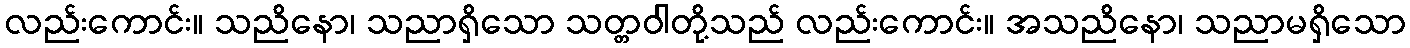
လည်းကောင်း။ သညိနော၊ သညာရှိသော သတ္တဝါတို့သည် လည်းကောင်း။ အသညိနော၊ သညာမရှိသော